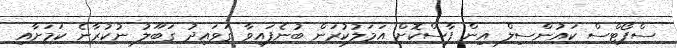
ސްޕޯޓްސް ކައުންސިލް އިން ފާސްކޮށް އަމަލުކުރަން ބުނެފައިވާ ގަވައިދު ގަބޫލު ނުކުރާނެ ކަމަށާއި